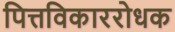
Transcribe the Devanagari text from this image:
पित्तविकाररोधक